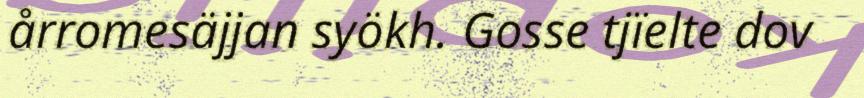
årromesäjjan syökh. Gosse tjïelte dov